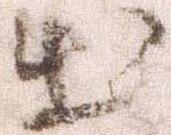
出